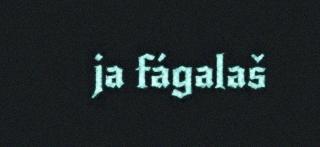
ja fágalaš